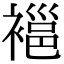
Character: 𧜇